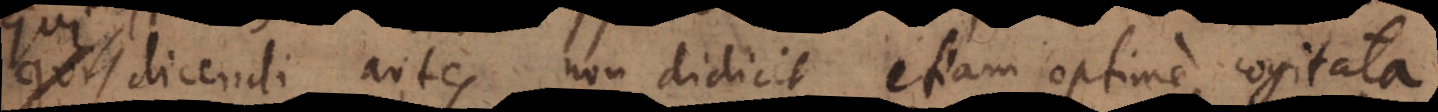
dicendi artes non didicit etiam optime cogitata